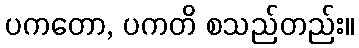
ပကတော, ပကတိ စသည်တည်း။